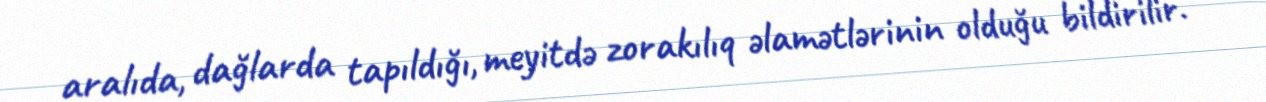
aralıda, dağlarda tapıldığı, meyitdə zorakılıq əlamətlərinin olduğu bildirilir.